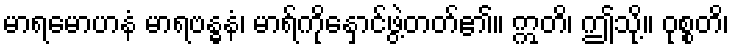
မာရမောဟနံ မာရဗန္ဓနံ၊ မာရ်ကိုနှောင်ဖွဲ့တတ်၏။ ဣတိ၊ ဤသို့။ ဝုစ္စတိ၊